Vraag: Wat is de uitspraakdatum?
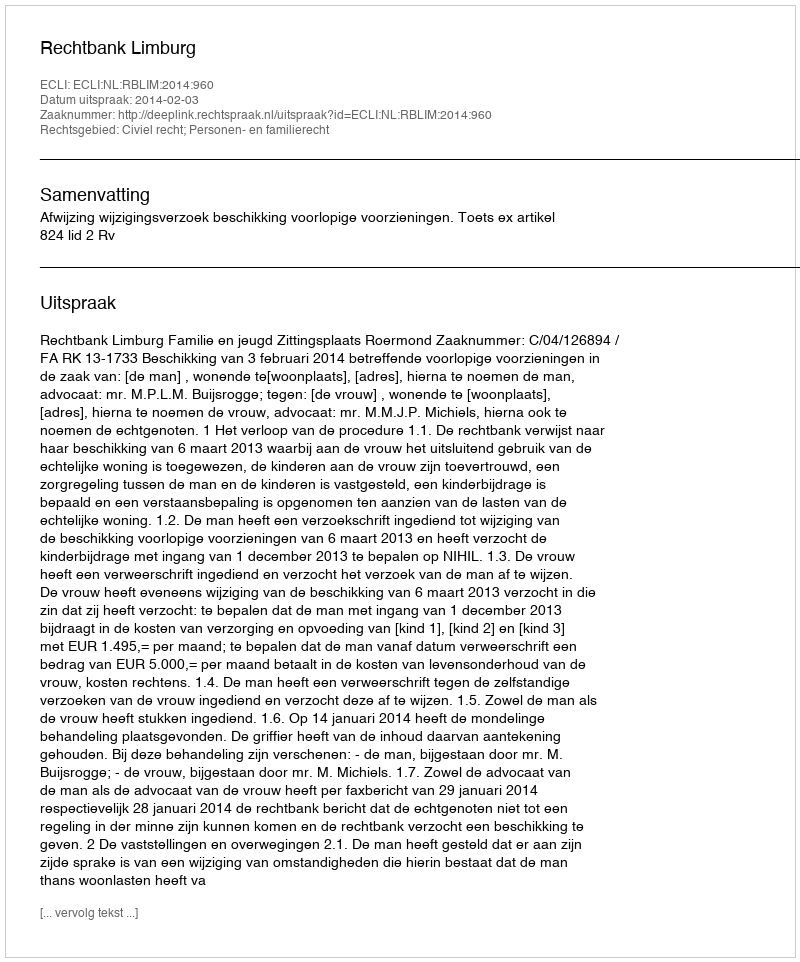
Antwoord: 2014-02-03